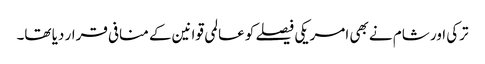
ترکی اور شام نے بھی امریکی فیصلے کو عالمی قوانین کے منافی قرار دیا تھا۔